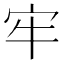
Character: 牢